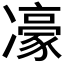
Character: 𪞯